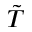
\tilde { T }